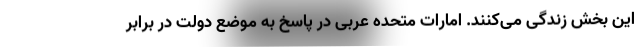
این بخش زندگی می‌کنند. امارات متحده عربی در پاسخ به موضع دولت در برابر